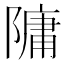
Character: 䧡